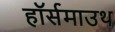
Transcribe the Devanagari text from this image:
हॉर्समाउथ